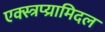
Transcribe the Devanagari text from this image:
एक्स्त्रप्य्रामिदल